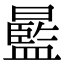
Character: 𣋣